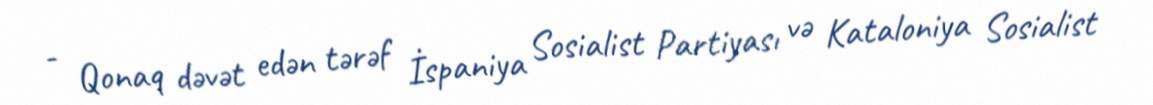
- Qonaq dəvət edən tərəf İspaniya Sosialist Partiyası və Kataloniya Sosialist